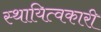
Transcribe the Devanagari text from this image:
स्थायित्वकारी